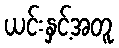
ယင်းနှင့်အတူ